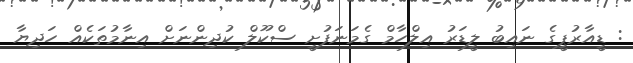
: ޑީއާރުޕީގެ ނައިބު ލީޑަރު އިލްހާމް ގެމަނަފުށީ ސްކޫލް ކުދިންނަށް އިނާމުތަކެއް ހަދިޔާ